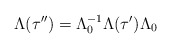
\begin{align*}\Lambda (\tau ^{\prime \prime })=\Lambda_0^{-1}\Lambda (\tau ^{\prime })\Lambda _0\end{align*}